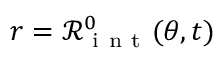
r = \mathcal { R } _ { \mathrm { ~ i ~ n ~ t ~ } } ^ { 0 } ( \theta , t )